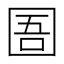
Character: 圄